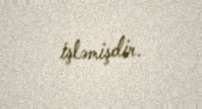
işləmişdir.